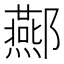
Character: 酀